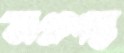
অপ্রশস্ত